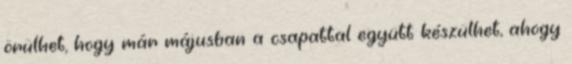
örülhet, hogy már májusban a csapattal együtt készülhet, ahogy